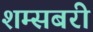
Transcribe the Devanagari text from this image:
शम्सबरी